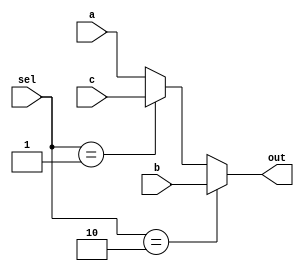
module mux3( sel, a, b, c, out ) ;
	parameter bitwidth=32;
    input[1:0] sel;
    input  [bitwidth-1:0] a, b, c ;
    output [bitwidth-1:0] out;

    assign out = (sel == 2'b10) ? b : (sel == 2'b01) ? c : a ;
	
endmodule